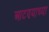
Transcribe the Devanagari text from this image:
आटण्याच्या